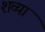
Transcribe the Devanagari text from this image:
शव्या